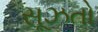
સૂઝતો